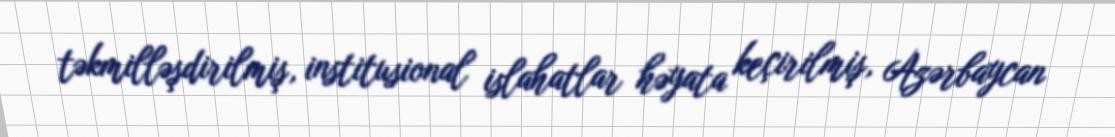
təkmilləşdirilmiş, institusional islahatlar həyata keçirilmiş, Azərbaycan